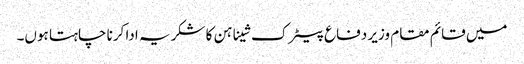
میں قائم مقام وزیر دفاع پیٹرک شیناہن کا شکریہ ادا کرنا چاہتا ہوں۔